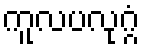
ကူလပလုဂ္ဂံ